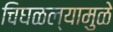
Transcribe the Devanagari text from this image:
चिघळल्यामुळे